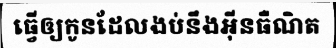
ធ្វើឲ្យកូនដែលងប់នឹងអ៊ីនធឺណិត